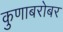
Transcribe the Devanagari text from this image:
कुणाबरोबर